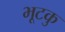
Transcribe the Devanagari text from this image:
भूटकु